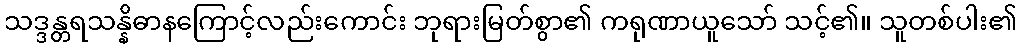
သဒ္ဒန္တရသန္နိဓာနကြောင့်လည်းကောင်း ဘုရားမြတ်စွာ၏ ကရုဏာယူသော် သင့်၏။ သူတစ်ပါး၏